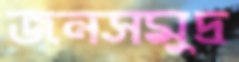
জনসমুদ্র